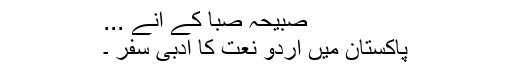
صبیحہ صبا کے آنے ...
پاکستان میں اُردو نعت کا ادبی سفر ۔